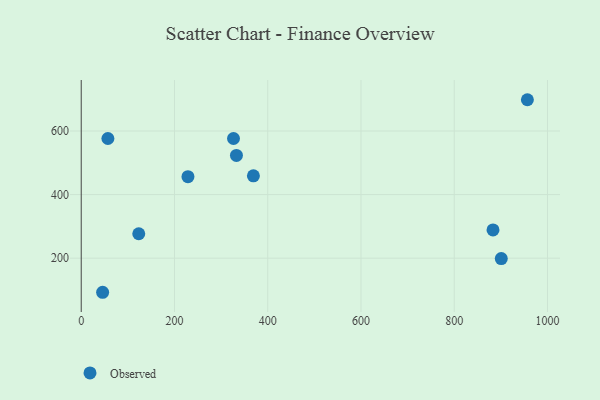
{"axis": {"x": "Study Hours", "y": "Sales"}, "legend": ["Observed"], "data": [{"x": "228.9", "y": 456.5, "type": "Observed"}, {"x": "123.4", "y": 276.9, "type": "Observed"}, {"x": "369.3", "y": 459.2, "type": "Observed"}, {"x": "883.2", "y": 288.8, "type": "Observed"}, {"x": "956.9", "y": 698.4, "type": "Observed"}, {"x": "326.6", "y": 576.4, "type": "Observed"}, {"x": "332.9", "y": 523.1, "type": "Observed"}, {"x": "900.9", "y": 198.7, "type": "Observed"}, {"x": "45.9", "y": 92.8, "type": "Observed"}, {"x": "57.2", "y": 576.5, "type": "Observed"}]}